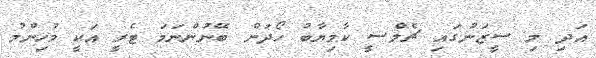
އަދި މި ސީޒަނުގައި ޗެލްސީ ކާމިޔާބު ހޯދަން ބޭނުންނަމަ ޓެރީ އަކީ މުހިންމު